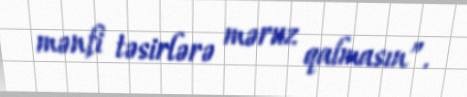
mənfi təsirlərə məruz qalmasın”.